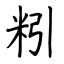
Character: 粌